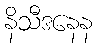
နိသီဒနေန